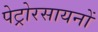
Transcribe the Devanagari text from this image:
पेट्रोरसायनों